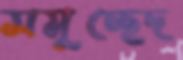
সমুচ্ছেদ